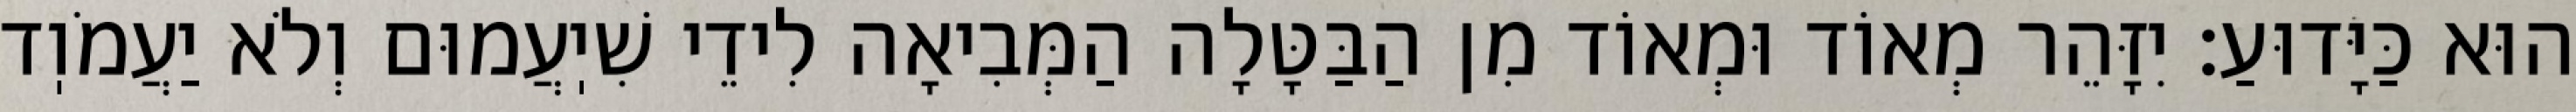
הוּא כַּיָּדוּעַ: יִזָּהֵר מְאוֹד וּמְאוֹד מִן הַבַּטָּלָה הַמְּבִיאָה לִידֵי שִׁיֽעֲמוּם וְלֹא יַעֲמֹוֽד